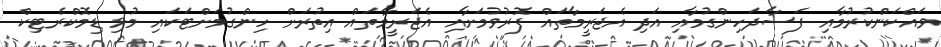
ވައްކަންކުރުމާއި ފަސާދަހިންގުމާއި އަދި އެޖަރީމާތައް ފޮރުވުމަށާއި އެޖަރީމާތައް އިތުރަށް ހިންގުމަށްޓަކައި މުޅި ޑިމޮކްރެޓިކް